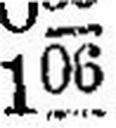
106